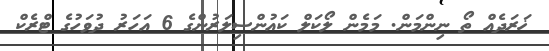
ޚަރަދެއް ތޯ ނިންމަން. މަމެން ލޯކަލް ކައުންސިލަރުންގެ 6 އަހަރު ދުވަހުގެ ޓްރެކް